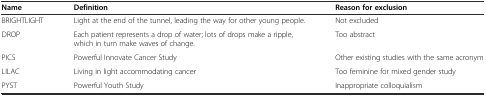
| Name | Definition | Reason for exclusion |
 | --- | --- | --- |
 | BRIGHTLIGHT | Light at the end of the tunnel, leading the way for other young people. | Not excluded |
 | DROP | Each patient represents a drop of water; lots of drops make a ripple, which in turn make waves of change. | Too abstract |
 | PICS | Powerful Innovate Cancer Study | Other existing studies with the same acronym |
 | LILAC | Living in light accommodating cancer | Too feminine for mixed gender study |
 | PYST | Powerful Youth Study | Inappropriate colloquialism |